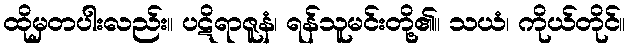
ထိုမှတပါးလည်း။ ပဋိရာဇူနံ၊ ရန်သူမင်းတို့၏။ သယံ၊ ကိုယ်တိုင်။